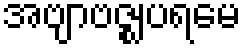
အဗျာဗဇ္ဈပရမေ